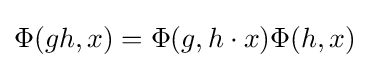
\Phi (gh,x)=\Phi (g,h\cdot x)\Phi (h,x)